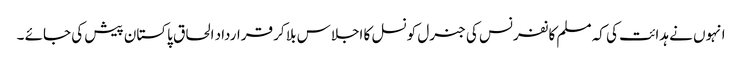
انہوں نے ہدائت کی کہ مسلم کانفرنس کی جنرل کونسل کا اجلاس بلا کر قرارداد الحاق پاکستان پیش کی جائے ۔